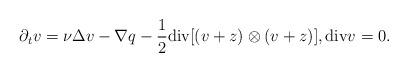
LaTeX: \begin{align*}\partial_t v=\nu\Delta v-\nabla q-\frac{1}{2}\textrm{div} [(v+z)\otimes (v+z)],\textrm{div} v=0.\end{align*}